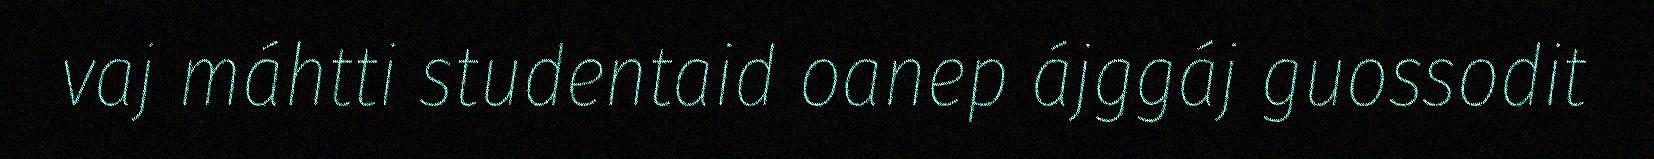
vaj máhtti studentaid oanep ájggáj guossodit